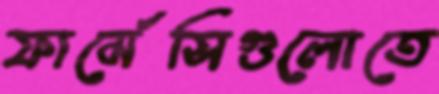
ফার্মেসিগুলোতে